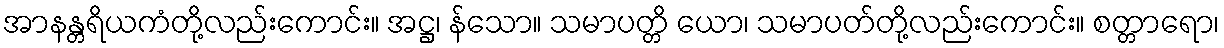
အာနန္တရိယကံတို့လည်းကောင်း။ အဋ္ဌ၊ န်သော။ သမာပတ္တိ ယော၊ သမာပတ်တို့လည်းကောင်း။ စတ္တာရော၊